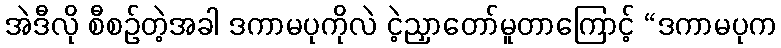
အဲဒီလို စီစဉ်တဲ့အခါ ဒကာမပုကိုလဲ ငဲ့ညှာတော်မူတာကြောင့် “ဒကာမပုက